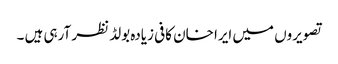
تصویروں میں ایرا خان کافی زیادہ بولڈ نظر آرہی ہیں ۔